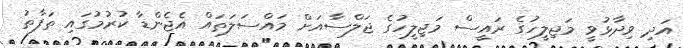
އަދި ވިދާޅުވީ މަޖިލީހުގެ ރައީސް މަޖިލީހުގެ ޖަލްސާއަށް މައްސަލަތައް އެޖެންޑާ ކުރުމުގައި ތަފާތު